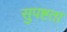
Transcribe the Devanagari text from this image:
सुपष्टता